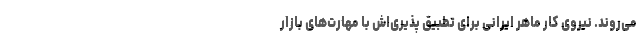
می‌روند. نیروی کار ماهر ایرانی برای تطبیق پذیری‌اش با مهارت‌های بازار